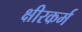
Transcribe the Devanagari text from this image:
क्षीरकर्म